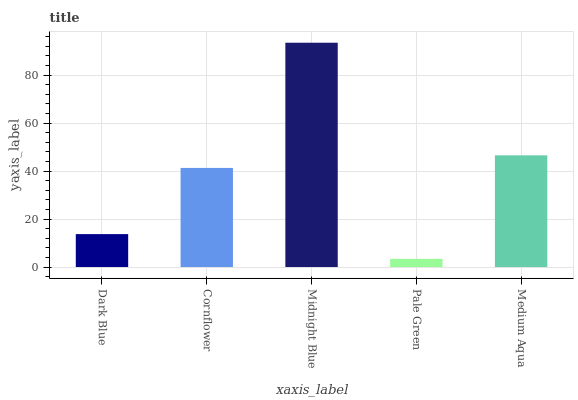
| xaxis_label | bars |
 | --- | --- |
 | Dark Blue | 13.7 |
 | Cornflower | 41.3 |
 | Midnight Blue | 93.5 |
 | Pale Green | 3.41 |
 | Medium Aqua | 46.5 |